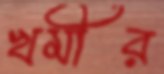
খমীর